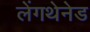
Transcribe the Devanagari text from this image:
लेंगथेनेड